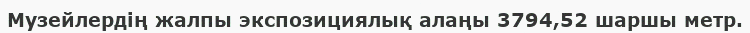
Музейлердің жалпы экспозициялық алаңы 3794,52 шаршы метр.